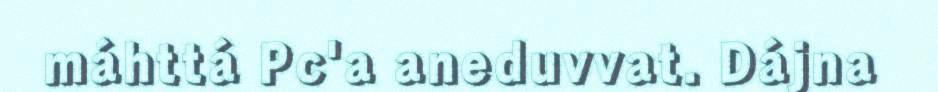
máhttá Pc'a aneduvvat. Dájna